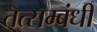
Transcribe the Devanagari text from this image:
तत्सम्बंधी